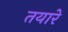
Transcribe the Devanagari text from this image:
तयारे